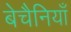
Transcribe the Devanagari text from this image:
बेचैनियाँ